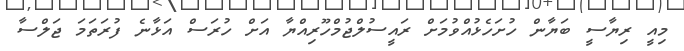
މިއީ ރިޔާސީ ބަޔާން ހުށަހެޅުއްވުމަށް ރައީސުލްޖުމްހޫރިއްޔާ އަށް ހުރަސް އަޅާނެ ފުރަތަމަ ޖަލްސާ